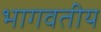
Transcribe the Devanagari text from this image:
भागवतीय